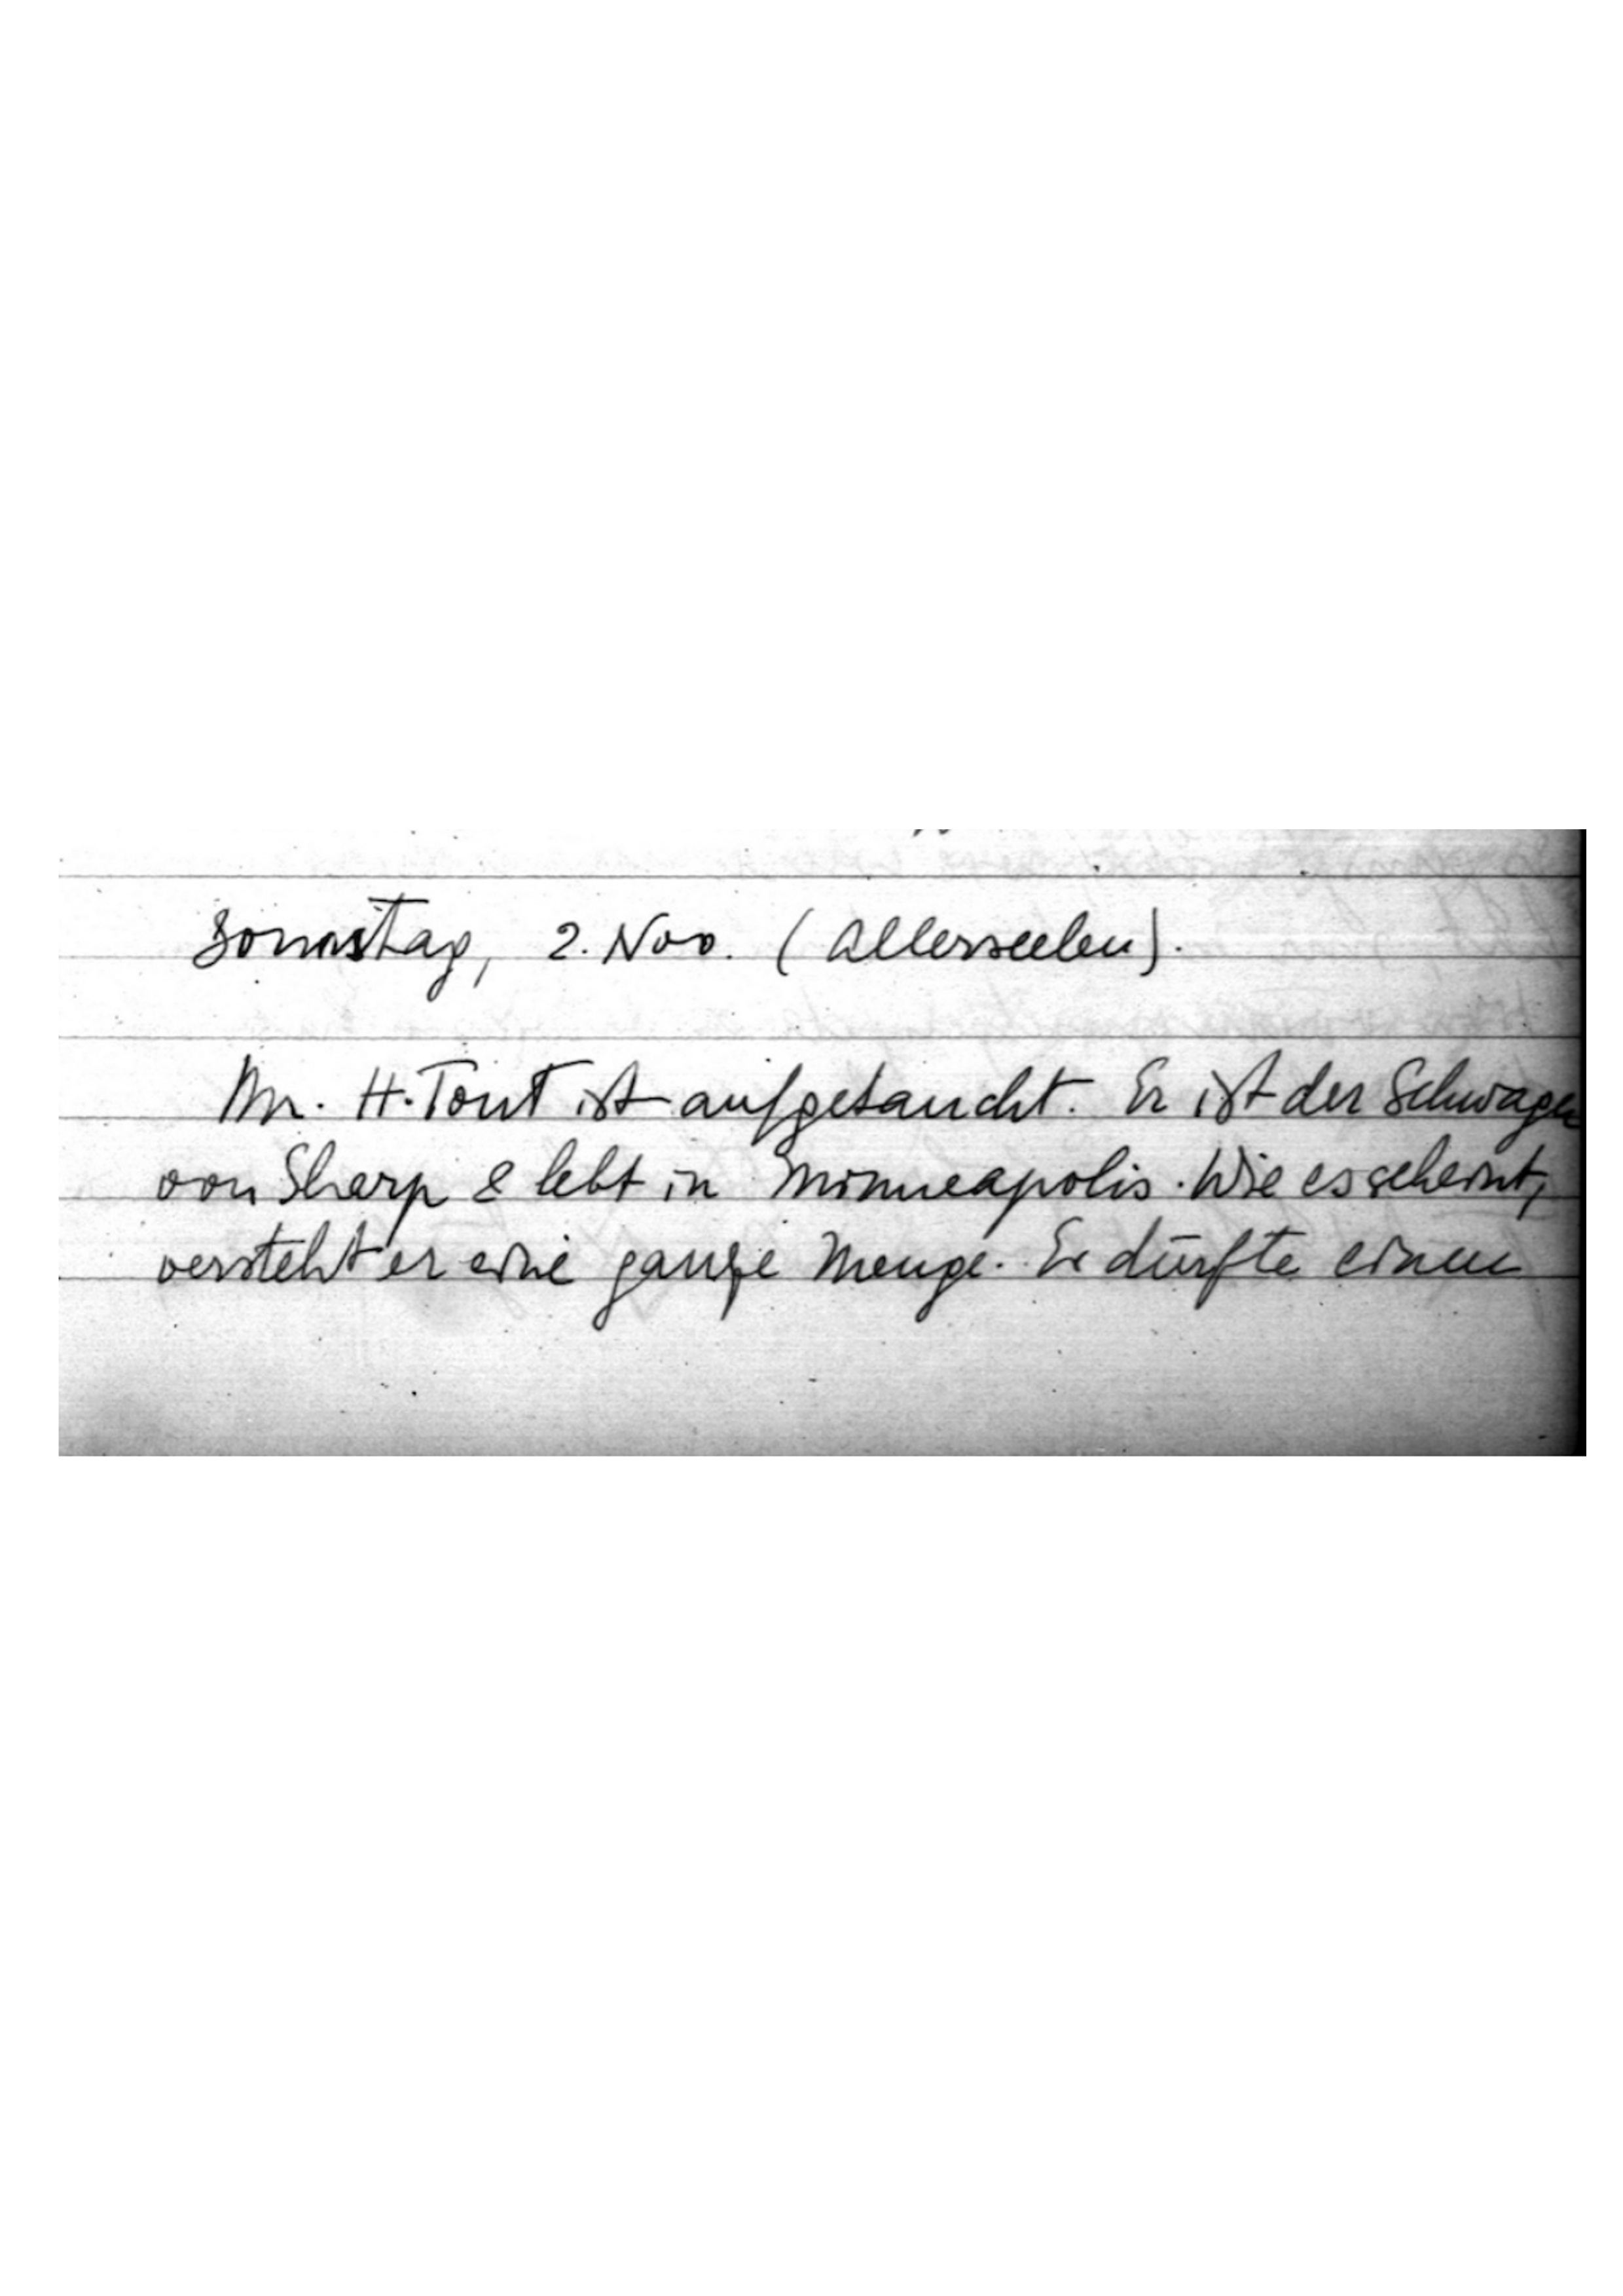
Samstag, 2. Nov. (Allerseelen).
Mr. H. Tout ist aufgetaucht. Er ist der Schwager
von Sharp und lebt in Minneapolis. Wie es scheint,
versteht er eine ganze Menge. Er dürfte einen